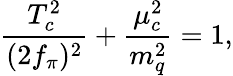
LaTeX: \frac{T_{c}^{2}}{(2f_{\pi})^{2}}+\frac{\mu_{c}^{2}}{m_{q}^{2}}=1,